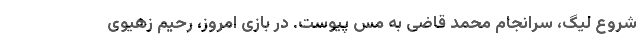
شروع لیگ، سرانجام محمد قاضی به مس پیوست. در بازی امروز، رحیم زهیوی